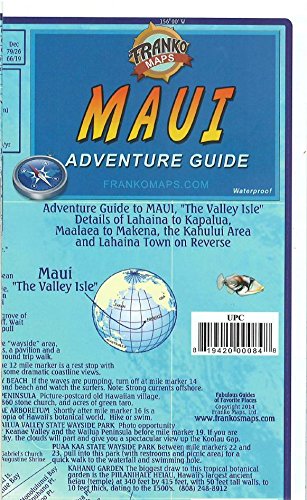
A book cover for Maui Hawaii Adventure Guide Franko Maps Waterproof Map; Franko Maps Ltd.; Travel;